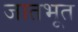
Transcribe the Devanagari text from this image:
जातभूत